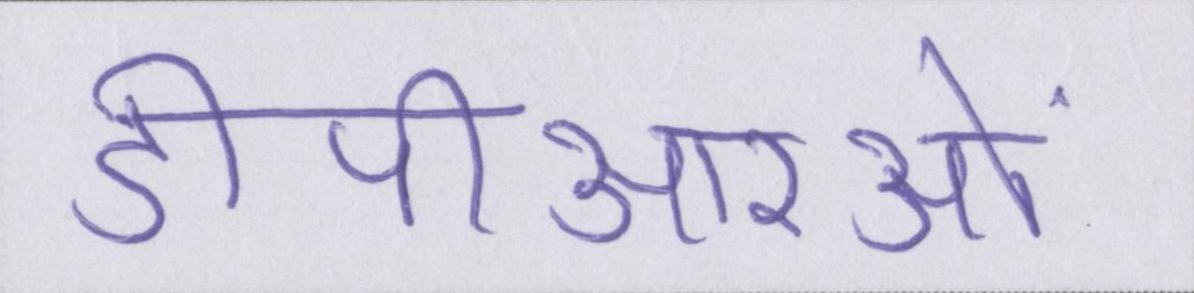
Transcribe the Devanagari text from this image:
डीपीआरओं